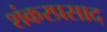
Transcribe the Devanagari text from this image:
शंकरप्रसाद